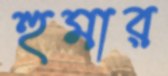
হুমার